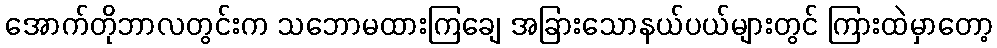
အောက်တိုဘာလတွင်းက သဘောမထားကြချေ အခြားသောနယ်ပယ်များတွင် ကြားထဲမှာတော့